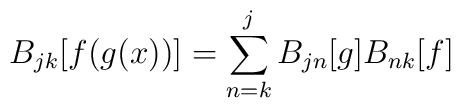
B_{jk}[f(g(x))]=\sum_{n=k}^j B_{jn}[g]B_{nk}[f]